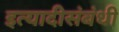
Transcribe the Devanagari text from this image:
इत्यादीसंबंधी